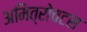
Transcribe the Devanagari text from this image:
अमित्रोचटस